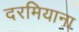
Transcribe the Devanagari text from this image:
दरमियाना